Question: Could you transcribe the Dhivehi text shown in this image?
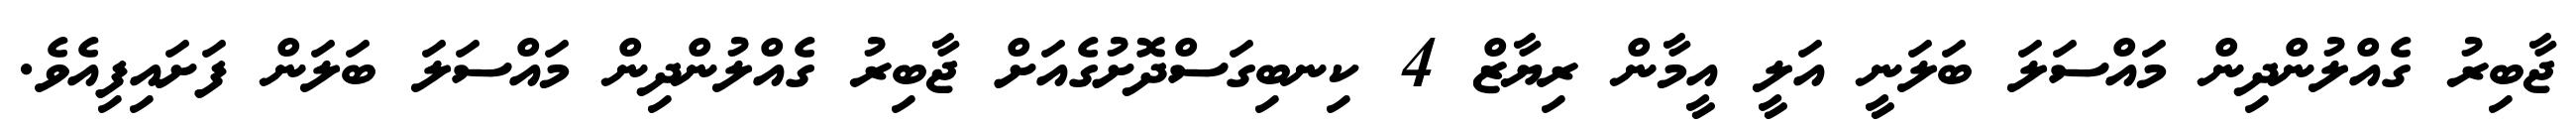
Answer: ޖާބިރު ގެއްލުންދިން މައްސަލަ ބަލަނީ އަލީ އީމާން ރިޔާޒް 4 ކިނބިގަސްދޮށުގެއަށް ޖާބިރު ގެއްލުންދިން މައްސަލަ ބަލަން ފަށައިފިއެވެ.